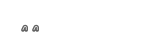
٣٣